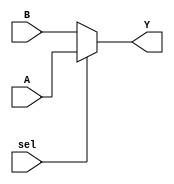
module mux_2to1 (
    input wire sel,   // Control signal
    input wire [7:0] A, // First data input
    input wire [7:0] B, // Second data input
    output wire [7:0] Y  // Output
);

// Conditional Continuous Assignment using the ternary operator
assign Y = (sel) ? A : B;

endmodule